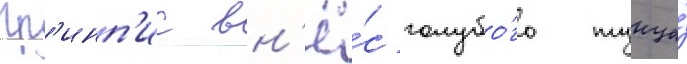
Гр'инп'ис вн'ё́с голубо́го тунца́